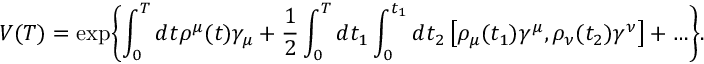
V ( T ) = \exp \Biggl \{ \int _ { 0 } ^ { T } d t \rho ^ { \mu } ( t ) \gamma _ { \mu } + \frac { 1 } { 2 } \int _ { 0 } ^ { T } d t _ { 1 } \int _ { 0 } ^ { t _ { 1 } } d t _ { 2 } \left[ \rho _ { \mu } ( t _ { 1 } ) \gamma ^ { \mu } , \rho _ { \nu } ( t _ { 2 } ) \gamma ^ { \nu } \right] + \ldots \Biggr \} .